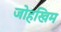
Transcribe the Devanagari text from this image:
जोहखिम